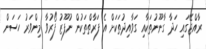
ރާއްޖޭގައި ހަދާ ގާނޫނުތަކާއި ގަވާއިދުތަކަށް އެ ފަރާތްތަކުން ނުފޫޒު ފޯރުވާ މިންވަރު ހަސަން